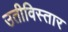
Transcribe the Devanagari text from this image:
उतीविस्तार